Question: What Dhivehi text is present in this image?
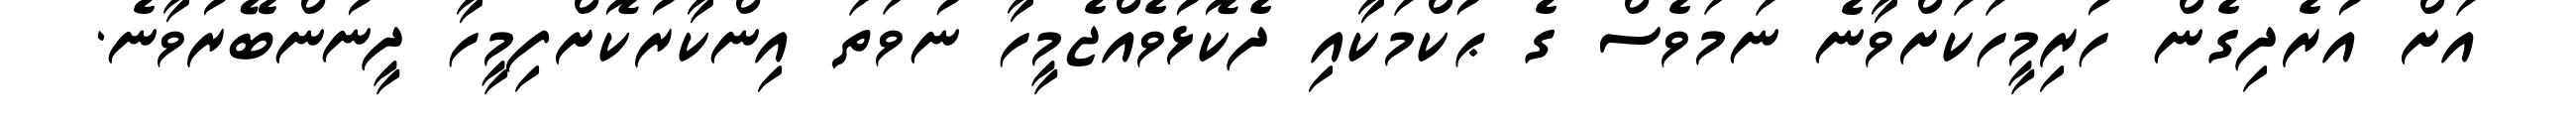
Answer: އަށް އުރެދިގެން ހުރިމީހަކަށްވާނެ ނަމަވެސް ގެ ޙުކްމަކާއި ދެކޮޅުވެއްޖެމީހާ ނުވަތަ އިންކާރުކޮށްފިމީހާ ދީނުންބޭރުވާނެ.